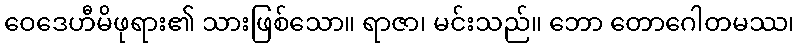
ဝေဒေဟီမိဖုရား၏ သားဖြစ်သော။ ရာဇာ၊ မင်းသည်။ ဘော တောဂေါတမဿ၊